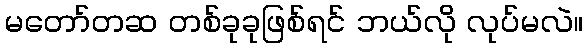
မတော်တဆ တစ်ခုခုဖြစ်ရင် ဘယ်လို လုပ်မလဲ။